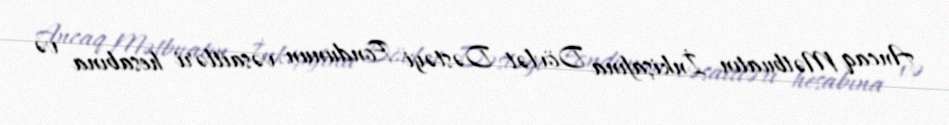
Ancaq Mətbuatın İnkişafına Dövlət Dəstəyi Fondunun vəsaitləri hesabına və